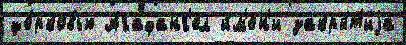
це́рковью Агафанг'ел и́м'ен'и закры́т'иjа